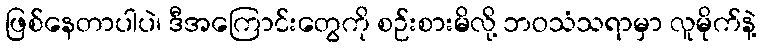
ဖြစ်နေတာပါပဲ၊ ဒီအကြောင်းတွေကို စဉ်းစားမိလို့ ဘဝသံသရာမှာ လူမိုက်နဲ့